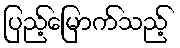
ပြည့်မြောက်သည့်